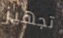
تجهيز